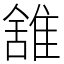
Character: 䧾